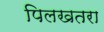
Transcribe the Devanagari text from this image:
पिलखतरा